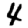
Digit: 4